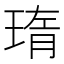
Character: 㻟